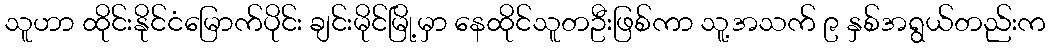
သူဟာ ထိုင်းနိုင်ငံမြောက်ပိုင်း ချင်းမိုင်မြို့မှာ နေထိုင်သူတဦးဖြစ်ကာ သူ့အသက် ၉ နှစ်အရွယ်တည်းက